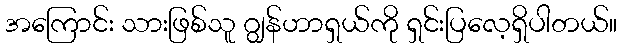
အကြောင်း သားဖြစ်သူ ဂျွန်ဟာရှယ်ကို ရှင်းပြလေ့ရှိပါတယ်။